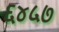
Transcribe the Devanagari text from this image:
६४५७